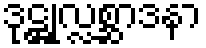
ဒုဋ္ဌုလ္လစ္ဆာဒနာ